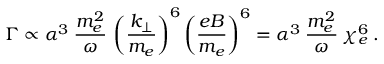
\Gamma \propto \alpha ^ { 3 } \: \frac { m _ { e } ^ { 2 } } { \omega } \, \left( \frac { k _ { \bot } } { m _ { e } } \right) ^ { 6 } \left( \frac { e B } { m _ { e } } \right) ^ { 6 } = \alpha ^ { 3 } \: \frac { m _ { e } ^ { 2 } } { \omega } \: \chi _ { e } ^ { 6 } \: .